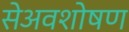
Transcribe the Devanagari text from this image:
सेअवशोषण